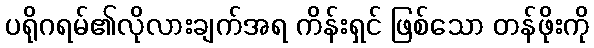
ပရိုဂရမ်၏လိုလားချက်အရ ကိန်းရှင် ဖြစ်သော တန်ဖိုးကို